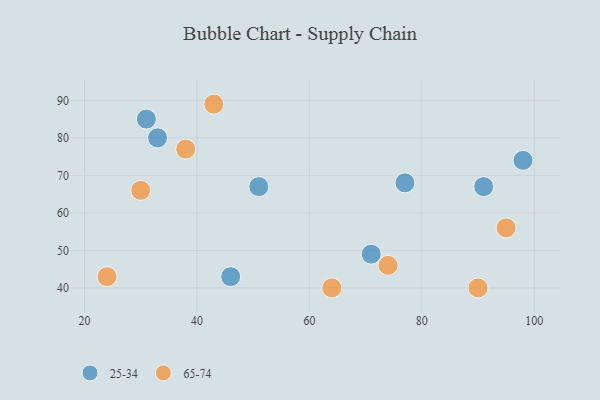
{"axis": {"x": "GDP", "y": "Life Expectancy"}, "legend": ["25-34", "65-74"], "data": [{"x": "33", "y": 80, "type": "25-34"}, {"x": "91", "y": 67, "type": "25-34"}, {"x": "31", "y": 85, "type": "25-34"}, {"x": "46", "y": 43, "type": "25-34"}, {"x": "51", "y": 67, "type": "25-34"}, {"x": "98", "y": 74, "type": "25-34"}, {"x": "77", "y": 68, "type": "25-34"}, {"x": "71", "y": 49, "type": "25-34"}, {"x": "74", "y": 46, "type": "65-74"}, {"x": "64", "y": 40, "type": "65-74"}, {"x": "43", "y": 89, "type": "65-74"}, {"x": "24", "y": 43, "type": "65-74"}, {"x": "95", "y": 56, "type": "65-74"}, {"x": "90", "y": 40, "type": "65-74"}, {"x": "30", "y": 66, "type": "65-74"}, {"x": "38", "y": 77, "type": "65-74"}]}